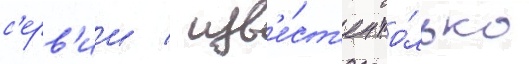
с'ерв'ии / изв'е́ст'ен то́лько